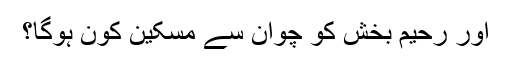
اور رحیم بخش کو چوان سے مسکین کون ہوگا؟